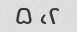
۲، ۵